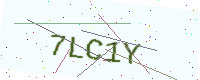
Text: 7LC1Y